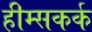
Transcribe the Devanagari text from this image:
हीम्सकर्क